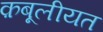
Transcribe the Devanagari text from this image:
क़बूलीयत